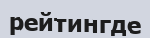
рейтингде